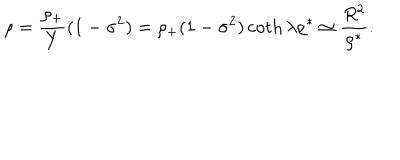
LaTeX: \rho = { \frac { \rho _ { + } } { Y } } ( 1 - \sigma ^ { 2 } ) = \rho _ { + } ( 1 - \sigma ^ { 2 } ) \coth \lambda \rho ^ { * } \simeq { \frac { R ^ { 2 } } { \rho ^ { * } } } .